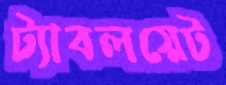
ট্যাবলয়েট